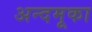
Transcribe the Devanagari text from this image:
अन्दमूका